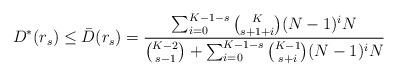
LaTeX: \begin{align*} D^*(r_s) \leq \bar{D}(r_s)= \frac{\sum_{i=0}^{K-1-s} \binom{K}{s+1+i}(N-1)^i N}{\binom{K-2}{s-1}+\sum_{i=0}^{K-1-s} \binom{K-1}{s+i}(N-1)^iN}\end{align*}